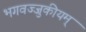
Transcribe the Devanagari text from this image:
भगवज्जुकीयम्‌